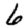
Digit: 6